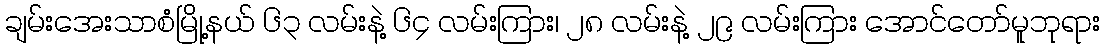
ချမ်းအေးသာစံမြို့နယ် ၆၃ လမ်းနဲ့ ၆၄ လမ်းကြား၊ ၂၈ လမ်းနဲ့ ၂၉ လမ်းကြား အောင်တော်မူဘုရား